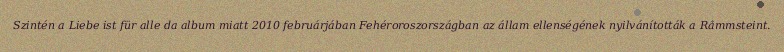
Szintén a Liebe ist für alle da album miatt 2010 februárjában Fehéroroszországban az állam ellenségének nyilvánították a Rammsteint.